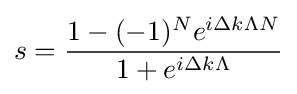
s={\frac {1-(-1)^{N}e^{i\Delta k\Lambda N}}{1+e^{i\Delta k\Lambda }}}